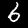
Label: 6